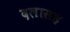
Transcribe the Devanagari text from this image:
दलासह